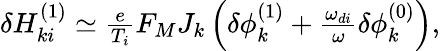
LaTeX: \begin{array}{r}{\delta H_{ki}^{(1)}\simeq\frac{e}{T_{i}}F_{M}J_{k}\left(\delta\phi_{k}^{(1)}+\frac{\omega_{di}}{\omega}\delta\phi_{k}^{(0)}\right),}\end{array}